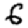
Digit: 6